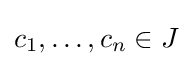
c_{1},\dots ,c_{n}\in J